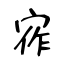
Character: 宱